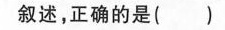
叙述，正确的是()